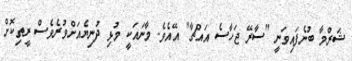
ޝަރްމާ ބުނެފައިވަނީ "ސާރޭ ޖަހާސެ އައްޗާ" އޭއެވެ. މާނައަކީ މުޅި ދުނިޔެއަށްވުރެވެސް ރީތިކޮށް